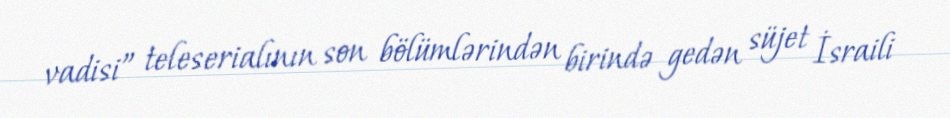
vadisi” teleserialının son bölümlərindən birində gedən süjet İsraili